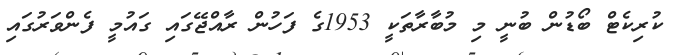
ކުރިކެޓް ބޯޑުން ބުނީ މި މުބާރާތަކީ 1953ގެ ފަހުން ރާއްޖޭގައި ގައުމީ ފެންވަރުގައި